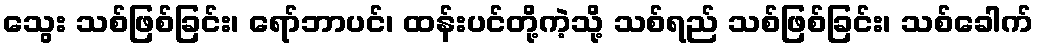
သွေး သစ်ဖြစ်ခြင်း၊ ရော်ဘာပင်၊ ထန်းပင်တို့ကဲ့သို့ သစ်ရည် သစ်ဖြစ်ခြင်း၊ သစ်ခေါက်